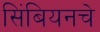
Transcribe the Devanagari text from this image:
सिंबियनचे